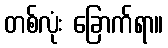
တစ်လုံး ခြောက်ရာ။